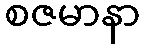
စဇမာနာ